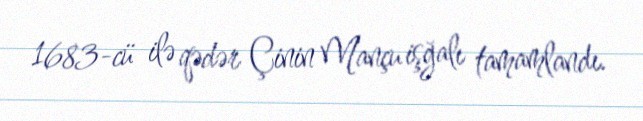
1683-cü ilə qədər Çinin Mançu işğalı tamamlandı.